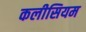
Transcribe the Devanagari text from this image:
कलीसियम